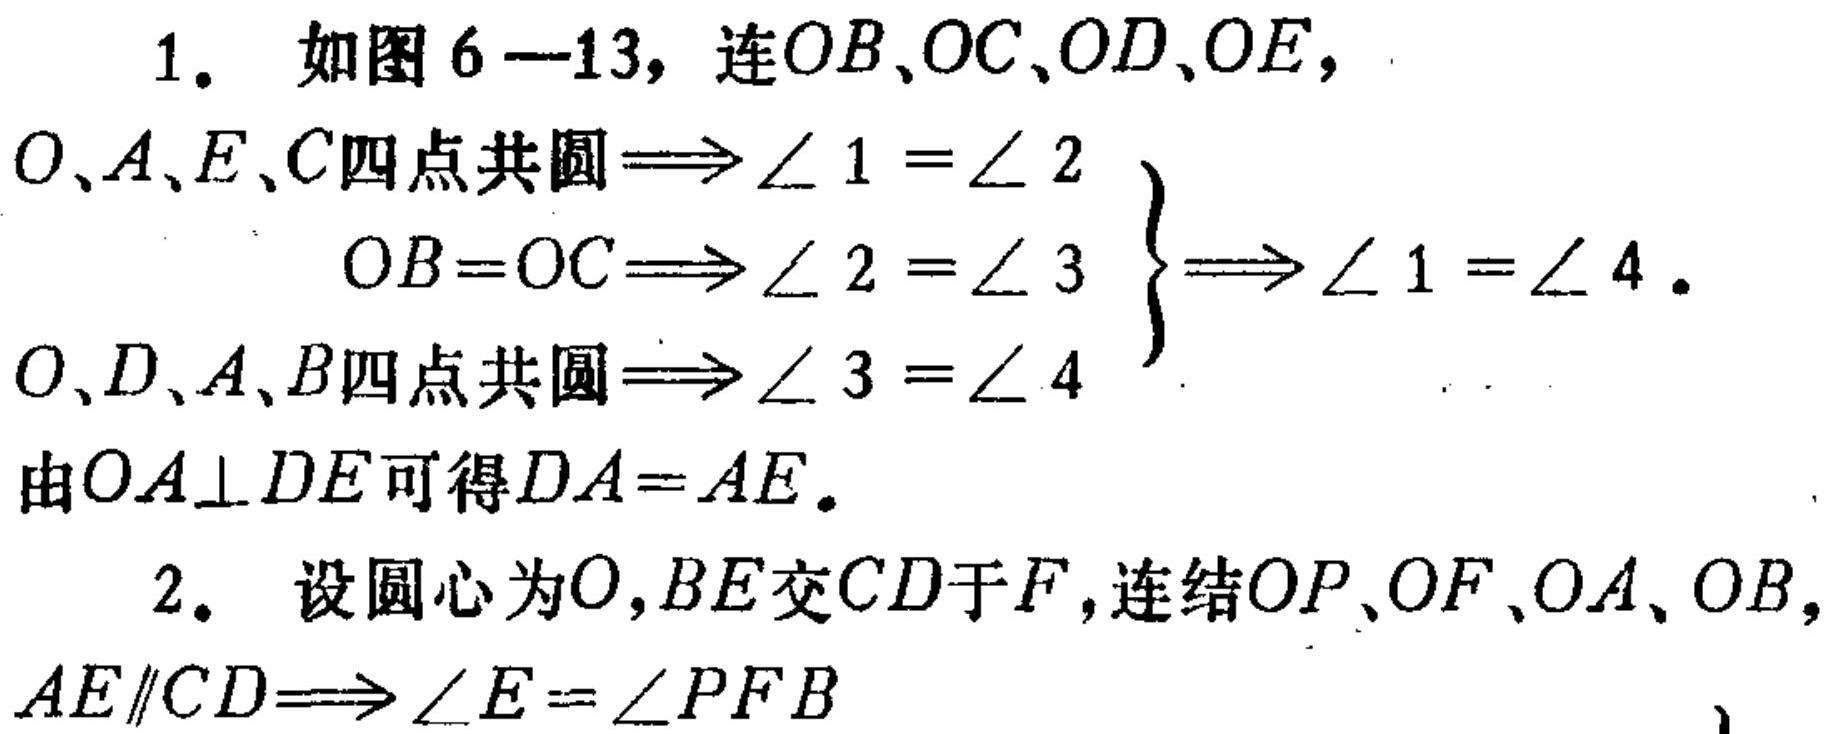
1. 如图6—13，连\(OB\)、\(OC\)、\(OD\)、\(OE\)，
\(O、A、E、C\)四点共圆\(\Longrightarrow\angle 1=\angle 2\)
\(\begin{cases}
OB = OC\Longrightarrow\angle 2=\angle 3 \\
O、D、A、B\)四点共圆\(\Longrightarrow\angle 3=\angle 4
\end{cases}\Longrightarrow\angle 1=\angle 4\).
由\(OA\perp DE\)可得\(DA = AE\).
2. 设圆心为\(O\)，\(BE\)交\(CD\)于\(F\)，连结\(OP\)、\(OF\)、\(OA\)、\(OB\)，
\(AE\parallel CD\Longrightarrow\angle E=\angle PFB\)